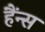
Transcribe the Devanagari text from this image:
हैंन्स